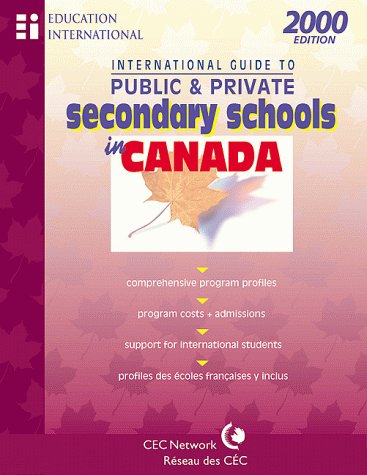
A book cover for International Guide to Public & Private Secondary Schools in Canada: 2000 (International Guide to Public & Private Secondary Schools in Canada); Test Preparation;